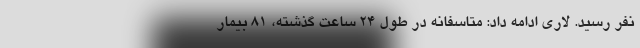
نفر رسید. لاری ادامه داد: متاسفانه در طول ۲۴ ساعت گذشته، ۸۱ بیمار